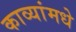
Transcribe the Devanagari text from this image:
काव्यांमधे